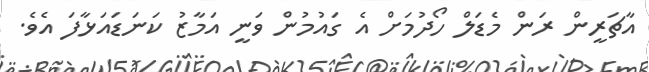
އާޗަރީން ރަން މެޑަލް ހޯދުމަށް އެ ގައުމުން ވަނީ އަމާޒު ކަނަޑައަޅާފަ އެވެ.